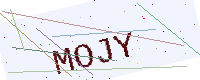
Text: MOJY